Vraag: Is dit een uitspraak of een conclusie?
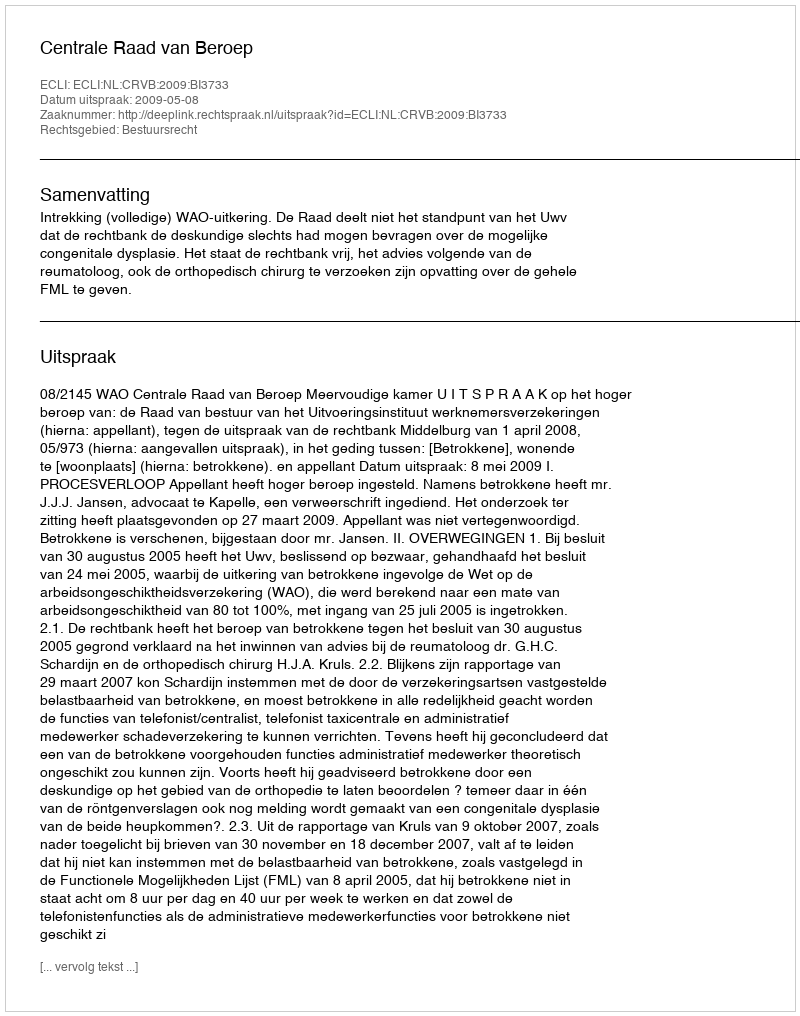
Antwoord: Uitspraak